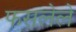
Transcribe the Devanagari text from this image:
फसलेले